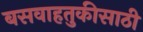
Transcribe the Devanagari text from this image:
बसवाहतुकीसाठी